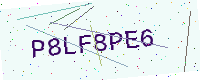
Text: P8LF8PE6